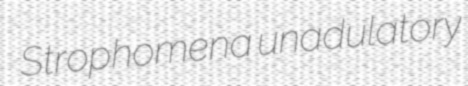
Strophomena unadulatory